Subject: physics
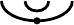
LaTeX code:
\begin{tikzpicture}[scale=0.5]
 \draw[line width=1.0] (0,0) arc(180:360:9mm and 5mm);
 \draw[line width=1.0] (0.6,0) arc(180:360:3mm and 2.5mm);
 \draw[black,fill] (0.9,-0.5) circle(0.5ex);
\end{tikzpicture}